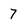
Character: 7